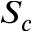
S _ { c }